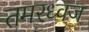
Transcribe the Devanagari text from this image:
तमरध्वज